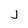
Character: j